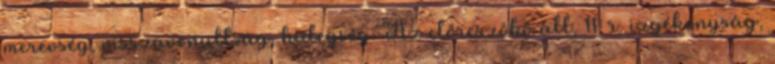
merevség, visszavonultság, hidegség. Az előreszökő áll, 11. r. izgékonyság,